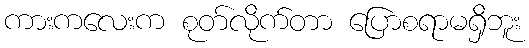
ကားကလေးက စုတ်လိုက်တာ ပြောစရာမရှိဘူး